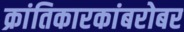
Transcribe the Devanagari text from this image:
क्रांतिकारकांबरोबर